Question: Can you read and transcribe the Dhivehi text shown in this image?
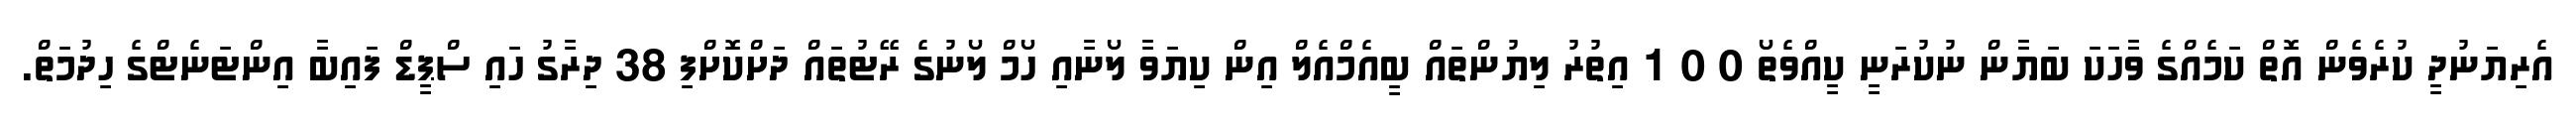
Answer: އެރިޔަނުދީ ކުރެވެން އޮތް ކަމެއްގެ ވަަާހަކަ ބަޔާން ނުކުރަނީ ކީއްވެތޯ 0 0 1 އިތުރު ލިޔުންތައް ބީއެމްއެލް އިން ކިޔަވާ ލޯނާއި ހޯމް ލޯނުގެ ރޭޓުތައް ދަށްކޮށްފި 38 ދިރާގު ހައި ސްޕީޑް ފައިބާ އިންޓަނެޓްގެ ހިދުމަތް.